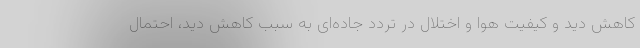
کاهش دید و کیفیت هوا و اختلال در تردد جاده‌ای به سبب کاهش دید، احتمال